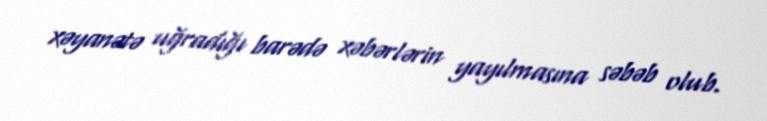
xəyanətə uğradığı barədə xəbərlərin yayılmasına səbəb olub.